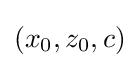
(x_{0},z_{0},c)